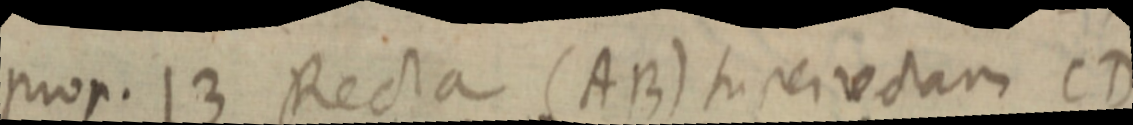
prop. 13 Recta (AB) super rectam CD